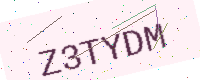
Text: Z3TYDM